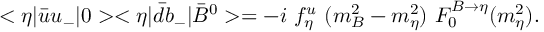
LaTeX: < \eta | \bar { u } u _ { - } | 0 > < \eta | \bar { d } b _ { - } | \bar { B } ^ { 0 } > = - i ~ f _ { \eta } ^ { u } ~ ( m _ { B } ^ { 2 } - m _ { \eta } ^ { 2 } ) ~ F _ { 0 } ^ { B \rightarrow \eta } ( m _ { \eta } ^ { 2 } ) .